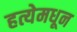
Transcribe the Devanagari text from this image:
हत्येमधून